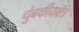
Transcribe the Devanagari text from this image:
चुंबकीयक्षेत्र